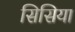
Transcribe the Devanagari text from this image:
सिसिया